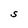
Character: S